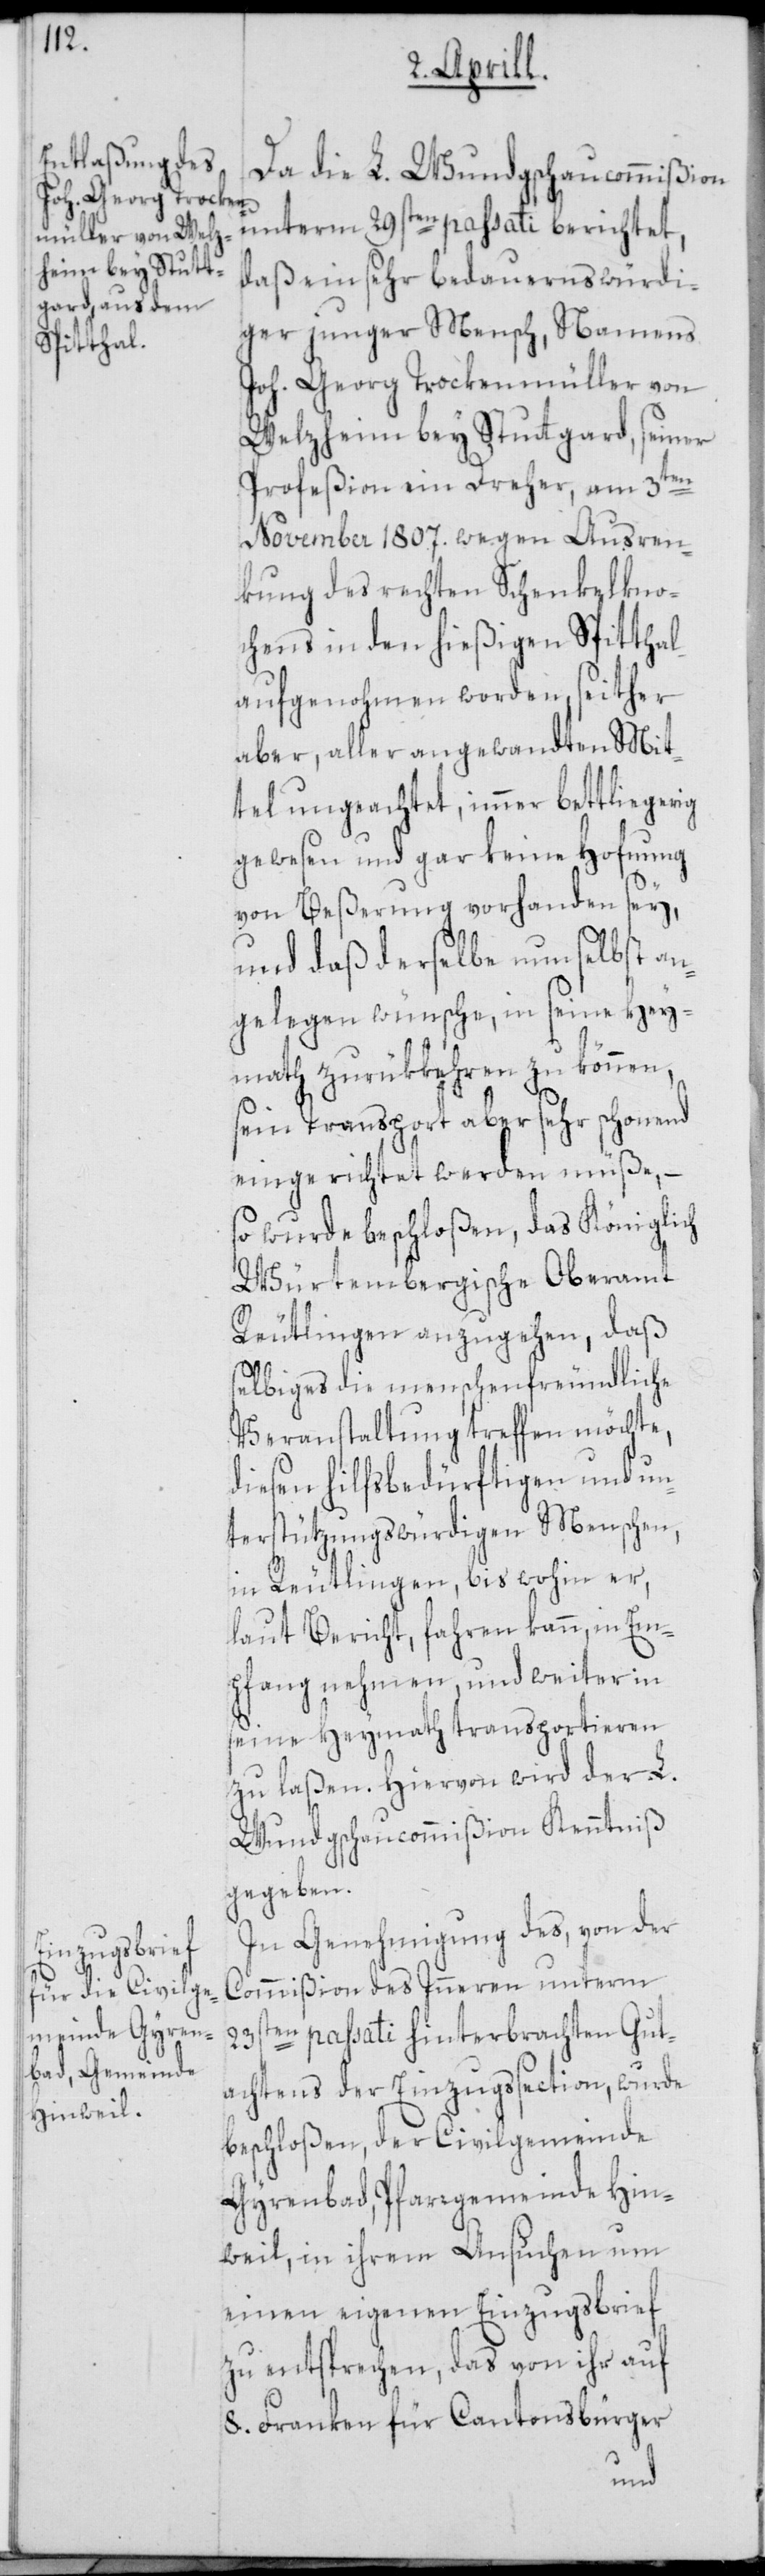
Da die L. Wundgschaucommißion
unterm 29sten passati berichtet,
daß ein sehr bedauernswürdi¬
ger junger Mensch, Namens
Joh. Georg Trockenmüller von
Welzheim bey Stuttgard, seiner
Profeßion ein Dreher, am 3ten
November 1807. wegen Ausren¬
kung des rechten Schenkelkno¬
chens in den hießigen Spitthal
aufgenohmen worden, seither
aber, aller angewandten Mit¬
tel ungeachtet, immer bettliegerig
gewesen und gar keine Hofnung
von Beßerung vorhanden sey,
und daß derselbe nun selbst an¬
gelegen wünsche, in seine Hey¬
math zurükkehren zu können,
sein Transport aber sehr schonend
eingerichtet werden müße, –
so wurde beschloßen, das Königlich
Würtembergische Oberamt
Reutlingen anzugehen, daß
selbiges die menschenfreundliche
Veranstaltung treffen möchte,
diesen hilfsbedürftigen und un¬
terstützungswürdigen Menschen,
in Reutlingen, bis wohin er,
laut Bericht, fahren kann, in Em¬
pfang nehmen, und weiter in
seine Heymath transportieren
zu laßen. Hiervon wird der L.
Wundgschaucommißion Kenntniß
gegeben.
In Genehmigung des, von der
Commißion des Inneren unterm
ten passati hinterbrachten Gut¬
23s¬
achtens der Einzugssection, wurde
beschloßen, der Civilgemeinde
Gyrenbad, Pfarrgemeinde Hin¬
weil, in ihrem Ansuchen um
einen eigenen Einzugsbrief
zu entsprechen, das von ihr auf
8. Franken für Cantonsbürger